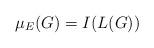
LaTeX: \begin{align*}\mu_E(G) = I(L(G))\end{align*}